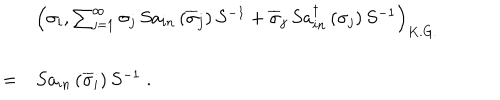
\begin{array} { l l l } { { } } & { { \ } } & { { \left( \sigma _ { i } , \sum _ { j = 1 } ^ { \infty } \sigma _ { j } \, S a _ { i n } \left( \overline { { { \sigma } } } _ { j } \right) S ^ { - 1 } + \overline { { { \sigma } } } _ { j } \, S a _ { i n } ^ { \dagger } \left( \sigma _ { j } \right) S ^ { - 1 } \right) _ { K . G . } } } \\ { { } } & { { = } } & { { S a _ { i n } \left( \overline { { { \sigma } } } _ { i } \right) S ^ { - 1 } \; . } } \\ \end{array}